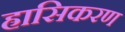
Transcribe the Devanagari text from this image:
ह्रासिकरण